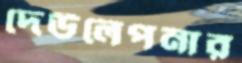
দেউলেপনার